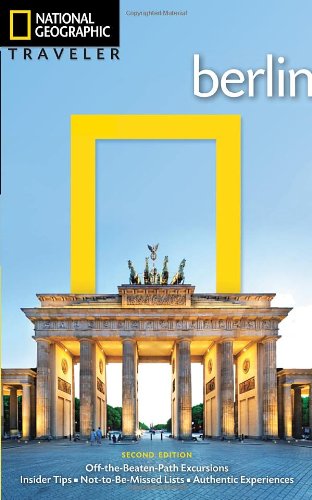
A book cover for National Geographic Traveler: Berlin, 2nd Edition; Damien Simonis; Travel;